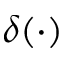
\delta ( \cdot )